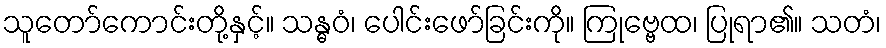
သူတော်ကောင်းတို့နှင့်။ သန္ဓဝံ၊ ပေါင်းဖော်ခြင်းကို။ ကြုဗ္ဗေထ၊ ပြုရာ၏။ သတံ၊